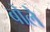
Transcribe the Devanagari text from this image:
बोलेे